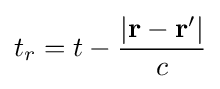
t_{r}=t-{\frac {|\mathbf {r} -\mathbf {r} '|}{c}}